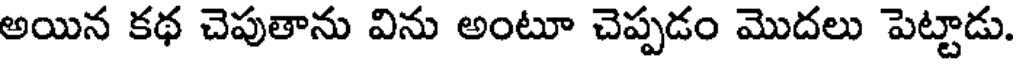
అయిన కథ చెపుతాను విను అంటూ చెప్పడం మొదలు పెట్టాడు.